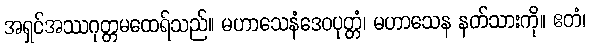
အရှင်အဿဂုတ္တမထေရ်သည်။ မဟာသေနံဒေဝပုတ္တံ၊ မဟာသေန နတ်သားကို။ ဧတံ၊